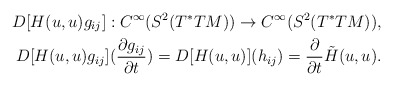
\begin{align*}D[H(u,u)g_{ij}]:C^\infty(S^2(T^*TM))\rightarrow C^\infty(S^2(T^*TM)),\\D[H(u,u)g_{ij}](\frac{\partial g_{ij}}{\partial t})=D[H(u,u)](h_{ij})=\frac{\partial}{\partial t}\tilde{H}(u,u).\end{align*}